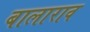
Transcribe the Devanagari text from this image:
बालाराव